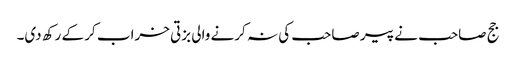
جج صاحب نے پیر صاحب کی نہ کرنے والی بزتی خراب کر کے رکھ دی۔